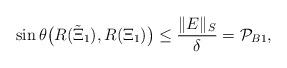
LaTeX: \begin{align*} \sin \theta \big (R(\tilde \Xi_1),R( \Xi_1) \big) \le \frac{\lVert E \rVert_S}{\delta}={\mathcal P}_{B1},\end{align*}